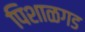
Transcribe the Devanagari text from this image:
पिशाळगड